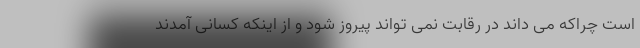
است چراکه می داند در رقابت نمی تواند پیروز شود و از اینکه کسانی آمدند